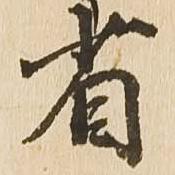
省